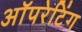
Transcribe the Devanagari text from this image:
अॉपरेटिंग